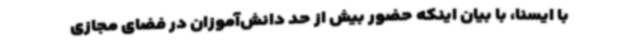
با ایسنا، با بیان اینکه حضور بیش از حد دانش‌آموزان در فضای مجازی